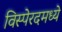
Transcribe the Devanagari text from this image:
विस्पेरदमध्ये